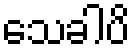
သေခါပိ